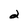
Character: 2